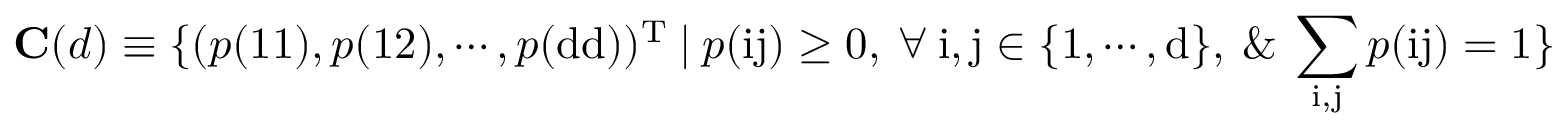
\mathbf { C } ( d ) \equiv \{ ( p ( \mathrm { 1 1 } ) , p ( \mathrm { 1 2 } ) , \cdots , p ( \mathrm { d d } ) ) ^ { \mathrm { T } } ~ | ~ p ( \mathrm { i j } ) \ge 0 , ~ \forall ~ \mathrm { i } , \mathrm { j } \in \{ \mathrm { 1 } , \cdots , \mathrm { d } \} , ~ \& ~ \sum _ { \mathrm { i } , \mathrm { j } } p ( \mathrm { i j } ) = 1 \}